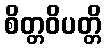
စိတ္တဝိပတ္တိ